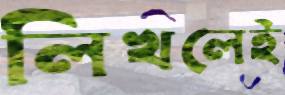
লিখলেই